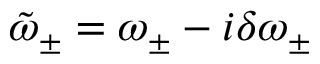
\tilde { \omega } _ { \pm } = \omega _ { \pm } - i \delta \omega _ { \pm }